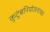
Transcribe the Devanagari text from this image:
कुटुंबनियोजनाच्या